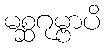
မစ္ဆဂုမ္ဗာပိ